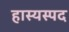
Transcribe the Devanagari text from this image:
हास्यस्पद